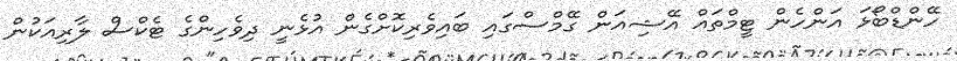
ހޭންޑްބޯޅަ އަންހެން ޓީމްތައް އޭޝިއަން ގޭމްސްގައި ބައިވެރިކޮށްގެން އުޅެނީ ދިވެހިންގެ ޓެކްސް ލާރިއަކުން